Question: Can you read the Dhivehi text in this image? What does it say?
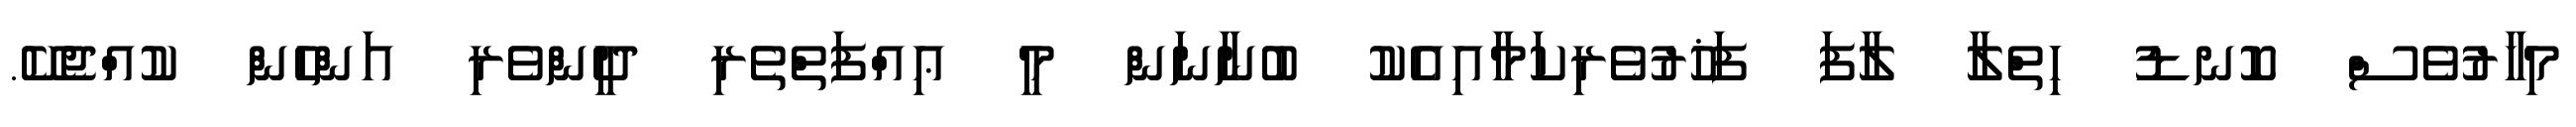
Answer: މިހާރުވެސް ކޮނޑު ހިތްލާ ލާފަ ފަޚުރުވެރިކަމާއިއެކު ބުނާނަން މީ ޢިއްފަތްތެރި ދީންވެރި އަންހެން ކުއްޖެކޭ.